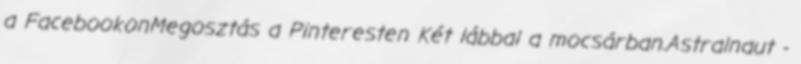
a FacebookonMegosztás a Pinteresten Két lábbal a mocsárban.Astralnaut -